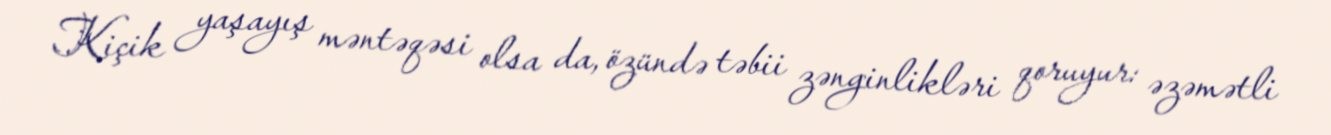
Kiçik yaşayış məntəqəsi olsa da, özündə təbii zənginlikləri qoruyur: əzəmətli